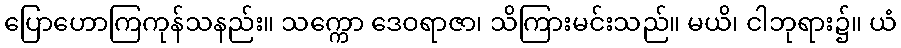
ပြောဟောကြကုန်သနည်း။ သက္ကော ဒေဝရာဇာ၊ သိကြားမင်းသည်။ မယိ၊ ငါဘုရား၌။ ယံ